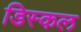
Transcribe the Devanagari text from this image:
डिस्कल